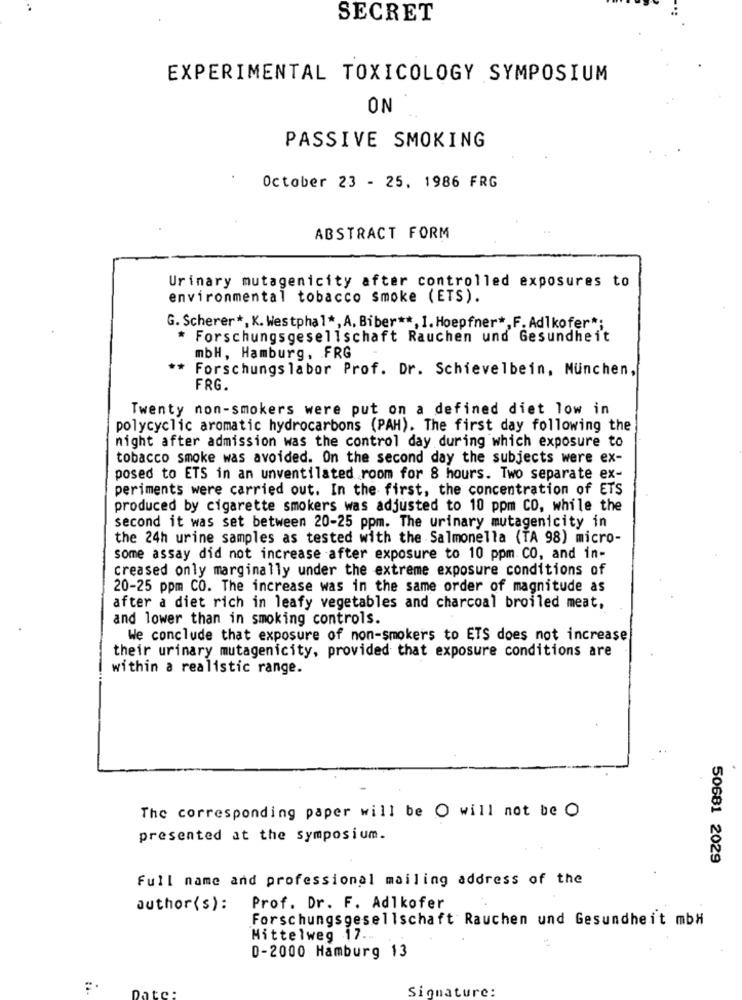
SECRET
EXPERIMENTAL TOXICOLOGY SYMPOSIUM
ON
PASSIVE SMOKING
October 23 - 25, 1986 FRG
ABSTRACT FORM
Urinary mutagenicity after controlled exposures to
environmental tobacco smoke (ETS).
G. Scherer *, K. Westphal *, A, Biber **, 1.Hoepfner *, F. Adlkofer *;
* Forschungsgesellschaft Rauchen und Gesundheit
mbH, Hamburg, FRG
** Forschungs labor Prof. Dr. Schievelbein, München,
FRG.
Twenty non-smokers were put on a defined diet low in
polycyclic aromatic hydrocarbons (PAH). The first day following the
night after admission was the control day during which exposure to
tobacco smoke was avoided. On the second day the subjects were ex-
posed to ETS in an unventilated room for 8 hours. Two separate ex-
periments were carried out. In the first, the concentration of ETS
produced by cigarette smokers was adjusted to 10 ppm CO, while the
second it was set between 20-25 ppm. The urinary mutagenicity in
the 24h urine samples as tested with the Salmonella (TA 98) micro-
some assay did not increase after exposure to 10 ppm CO, and in-
creased only marginally under the extreme exposure conditions of
20-25 ppm CO. The increase was in the same order of magnitude as
after a diet rich in leafy vegetables and charcoal broiled meat,
and lower than in smoking controls.
We conclude that exposure of non-smokers to ETS does not increase
their urinary mutagenicity, provided that exposure conditions are
within a realistic range.
The corresponding paper will be O will not be O
presented at the symposium.
50681 2029
Full name and professional mailing address of the
author(s): Prof. Dr. F. Adlkofer
Forschungsgesellschaft Rauchen und Gesundheit mbH
Mittelweg 17 ..
0-2000 Hamburg 13
Signature: